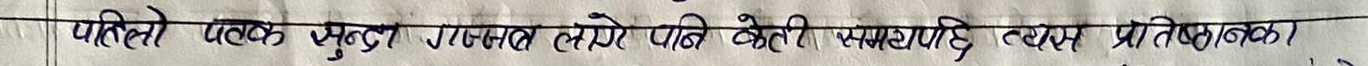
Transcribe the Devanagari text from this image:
पातलो पल्क सुत्छन् गजब तरिकाले केही समयपछि त्यस प्रतिबिम्वका